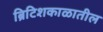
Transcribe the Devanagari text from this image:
ब्रिटिशकाळातील